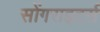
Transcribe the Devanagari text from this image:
सोंगराइटर्स